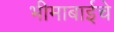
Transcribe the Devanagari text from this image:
भीमाबाईचे